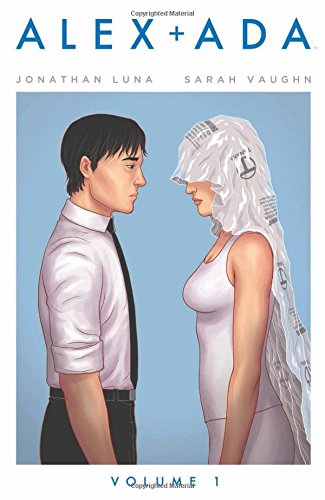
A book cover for Alex + Ada Volume 1 (Alex + ADA Tp); Jonathan Luna; Comics & Graphic Novels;